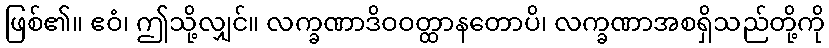
ဖြစ်၏။ ဧဝံ၊ ဤသို့လျှင်။ လက္ခဏာဒိဝဝတ္ထာနတောပိ၊ လက္ခဏာအစရှိသည်တို့ကို